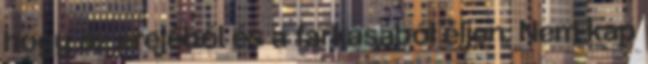
hogy az erejéből és a farkasából éljen. Nem kap